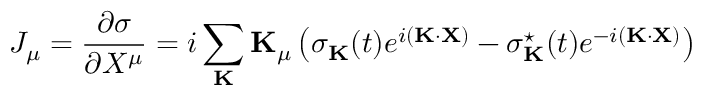
J _ { \mu } = \frac { \partial \sigma } { \partial X ^ { \mu } } = i \sum _ { \bf K } { \bf K } _ { \mu } \left( \sigma _ { \bf K } ( t ) e ^ { i ( { \bf K } \cdot { \bf X } ) } - \sigma _ { \bf K } ^ { \star } ( t ) e ^ { - i ( { \bf K } \cdot { \bf X } ) } \right)